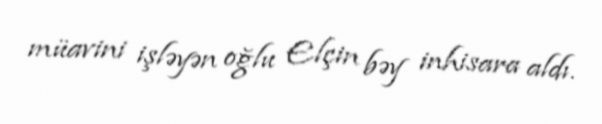
müavini işləyən oğlu Elçin bəy inhisara aldı.